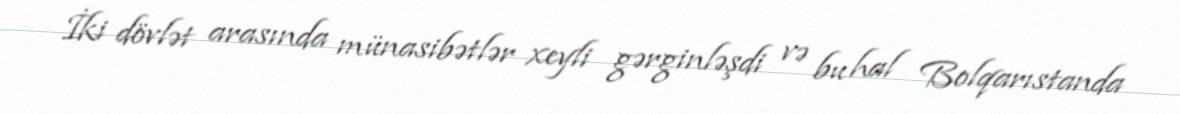
İki dövlət arasında münasibətlər xeyli gərginləşdi və bu hal Bolqarıstanda